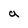
Character: a